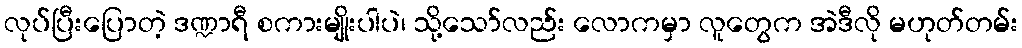
လုပ်ပြီးပြောတဲ့ ဒဏ္ဍာရီ စကားမျိုးပါပဲ၊ သို့သော်လည်း လောကမှာ လူတွေက အဲဒီလို မဟုတ်တမ်း